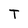
Character: T